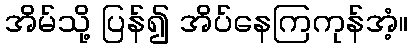
အိမ်သို့ ပြန်၍ အိပ်နေကြကုန်အံ့။